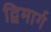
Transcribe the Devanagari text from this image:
द्विमार्ग